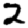
Digit: 2